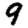
Digit: 9